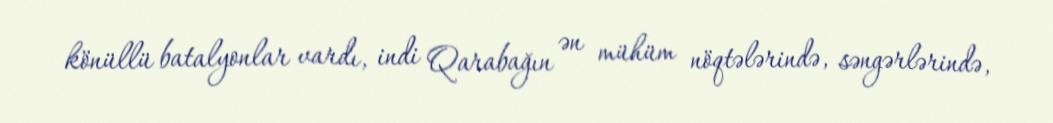
könüllü batalyonlar vardı, indi Qarabağın ən mühüm nöqtələrində, səngərlərində,